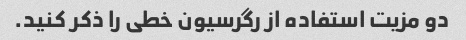
دو مزیت استفاده از رگرسیون خطی را ذکر کنید.